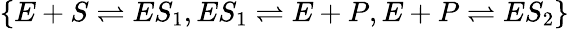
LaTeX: \{ E+S\rightleftharpoons ES_{1},ES_{1}\rightleftharpoons E+P,E+P\rightleftharpoons ES_{2}\}